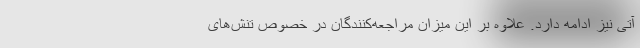
آتی نیز ادامه دارد. علاوه بر این میزان مراجعه‌کنندگان در خصوص تنش‌های